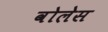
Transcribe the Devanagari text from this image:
वोलेस